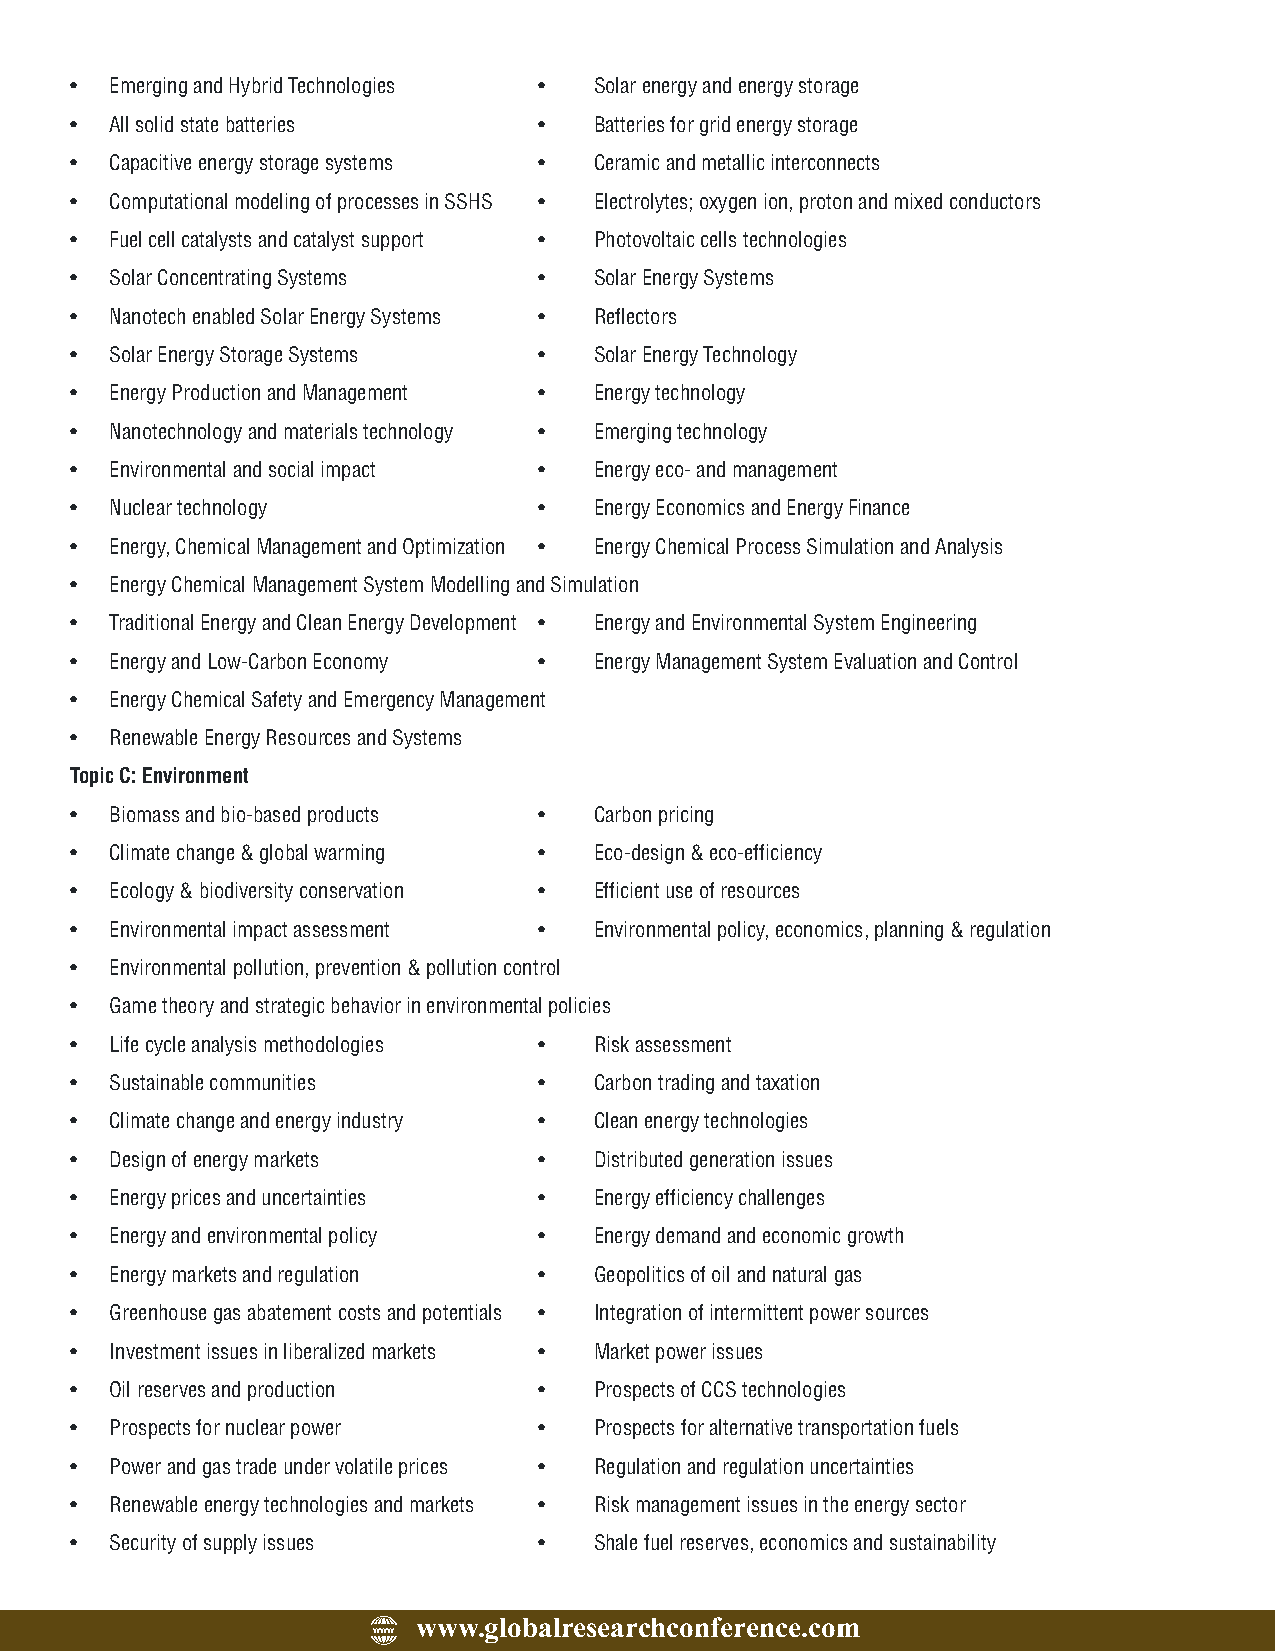
· Emerging and Hybrid Technologies · Solar energy and energy storage
 · All solid state batteries    ·  Batteries for grid energy storage
 · Capacitive energy storage systems · Ceramic and metallic interconnects
 · Computational modeling of processes in SSHS · Electrolytes; oxygen ion, proton and mixed conductors
 · Fuel cell catalysts and catalyst support · Photovoltaic cells technologies
 · Solar Concentrating Systems  ·  Solar Energy Systems
 · Nanotech enabled Solar Energy Systems · Reflectors
 · Solar Energy Storage Systems ·  Solar Energy Technology
 · Energy Production and Management · Energy technology
 · Nanotechnology and materials technology · Emerging technology
 · Environmental and social impact · Energy eco- and management
 · Nuclear technology           ·  Energy Economics and Energy Finance
 · Energy, Chemical Management and Optimization · Energy Chemical Process Simulation and Analysis
 · Energy Chemical Management System Modelling and Simulation
 · Traditional Energy and Clean Energy Development · Energy and Environmental System Engineering
 · Energy and Low-Carbon Economy · Energy Management System Evaluation and Control
 · Energy Chemical Safety and Emergency Management
 · Renewable Energy Resources and Systems
 Topic C: Environment
 · Biomass and bio-based products · Carbon pricing
 · Climate change & global warming · Eco-design & eco-efficiency
 · Ecology & biodiversity conservation · Efficient use of resources
 · Environmental impact assessment · Environmental policy, economics, planning & regulation
 · Environmental pollution, prevention & pollution control
 · Game theory and strategic behavior in environmental policies
 · Life cycle analysis methodologies · Risk assessment
 · Sustainable communities      ·  Carbon trading and taxation
 · Climate change and energy industry · Clean energy technologies
 · Design of energy markets     ·  Distributed generation issues
 · Energy prices and uncertainties · Energy efficiency challenges
 · Energy and environmental policy · Energy demand and economic growth
 · Energy markets and regulation · Geopolitics of oil and natural gas
 · Greenhouse gas abatement costs and potentials · Integration of intermittent power sources
 · Investment issues in liberalized markets · Market power issues
 · Oil reserves and production  ·  Prospects of CCS technologies
 · Prospects for nuclear power  ·  Prospects for alternative transportation fuels
 · Power and gas trade under volatile prices · Regulation and regulation uncertainties
 · Renewable energy technologies and markets · Risk management issues in the energy sector
 · Security of supply issues    ·  Shale fuel reserves, economics and sustainability
 www.globalresearchconference.com
 WWW